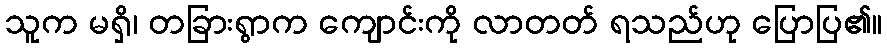
သူက မရှိ၊ တခြားရွာက ကျောင်းကို လာတတ် ရသည်ဟု ပြောပြ၏။